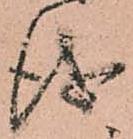
儀